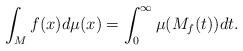
LaTeX: \begin{align*}\int_M f(x)d\mu(x)=\int_0^{\infty}\mu(M_f(t))dt.\end{align*}